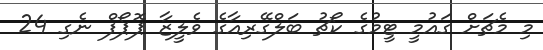
މި މެޗަށް ގައުމީ ޓީމުގެ ކޯޗު ބަލްގޭރިއާގެ ވެލީޒާ ޕޮޕޯފް ނެގި 24